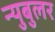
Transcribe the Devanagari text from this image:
न्‍युबुलर